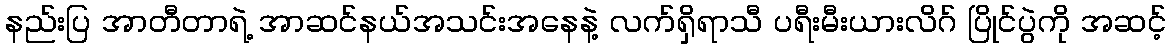
နည်းပြ အာတီတာရဲ့ အာဆင်နယ်အသင်းအနေနဲ့ လက်ရှိရာသီ ပရီးမီးယားလိဂ် ပြိုင်ပွဲကို အဆင့်